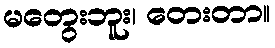
မတွေးဘူး၊ တေးတာ။